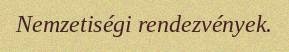
Nemzetiségi rendezvények.